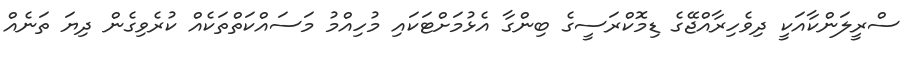
ސްރީލަންކާއަކީ ދިވެހިރާއްޖޭގެ ޑިމޮކްރަސީގެ ބިންގާ އެޅުމަށްޓަކައި މުހިއްމު މަސައްކަތްތަކެއް ކުރެވިގެން ދިޔަ ތަނެއް